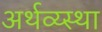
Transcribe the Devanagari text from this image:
अर्थव्य्स्था